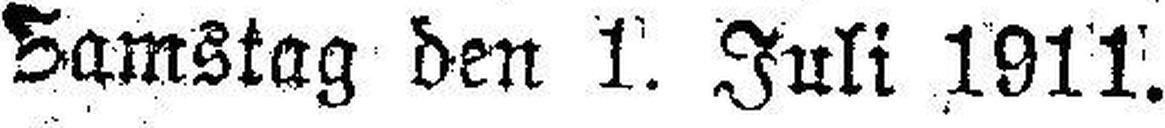
Samstag den 1. Juli 1911.